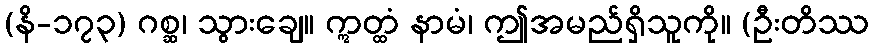
(နိ-၁၇၃) ဂစ္ဆ၊ သွားချေ။ ဣတ္ထံ နာမံ၊ ဤအမည်ရှိသူကို။ (ဦးတိဿ